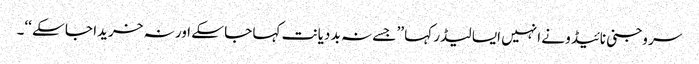
سر وجنی نائیڈو نے انہیں ایسا لیڈر کہا ’’ جسے نہ بد دیانت کہا جا سکے اور نہ خریدا جا سکے ‘‘۔